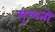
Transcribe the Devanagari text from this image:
मुच्चतो